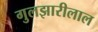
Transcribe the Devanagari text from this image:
गुलझारीलाल